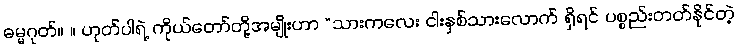
ဓမ္မဂုတ်။ ။ ဟုတ်ပါရဲ့ ကိုယ်တော်တို့အမျိုးဟာ “သားကလေး ငါးနှစ်သားလောက် ရှိရင် ပစ္စည်းတတ်နိုင်တဲ့